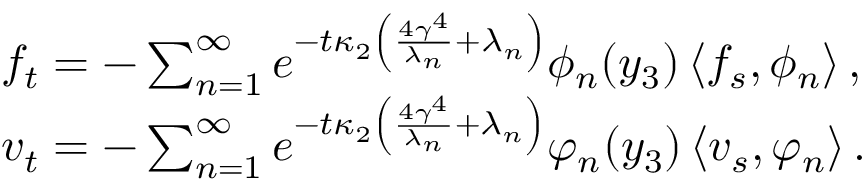
\begin{array} { r l } & { f _ { t } = - \sum _ { n = 1 } ^ { \infty } e ^ { - t \kappa _ { 2 } \left( \frac { 4 \gamma ^ { 4 } } { \lambda _ { n } } + \lambda _ { n } \right) } \phi _ { n } ( y _ { 3 } ) \left\langle f _ { s } , \phi _ { n } \right\rangle , } \\ & { v _ { t } = - \sum _ { n = 1 } ^ { \infty } e ^ { - t \kappa _ { 2 } \left( \frac { 4 \gamma ^ { 4 } } { \lambda _ { n } } + \lambda _ { n } \right) } \varphi _ { n } ( y _ { 3 } ) \left\langle v _ { s } , \varphi _ { n } \right\rangle . } \end{array}